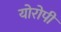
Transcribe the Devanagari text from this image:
योरोपी